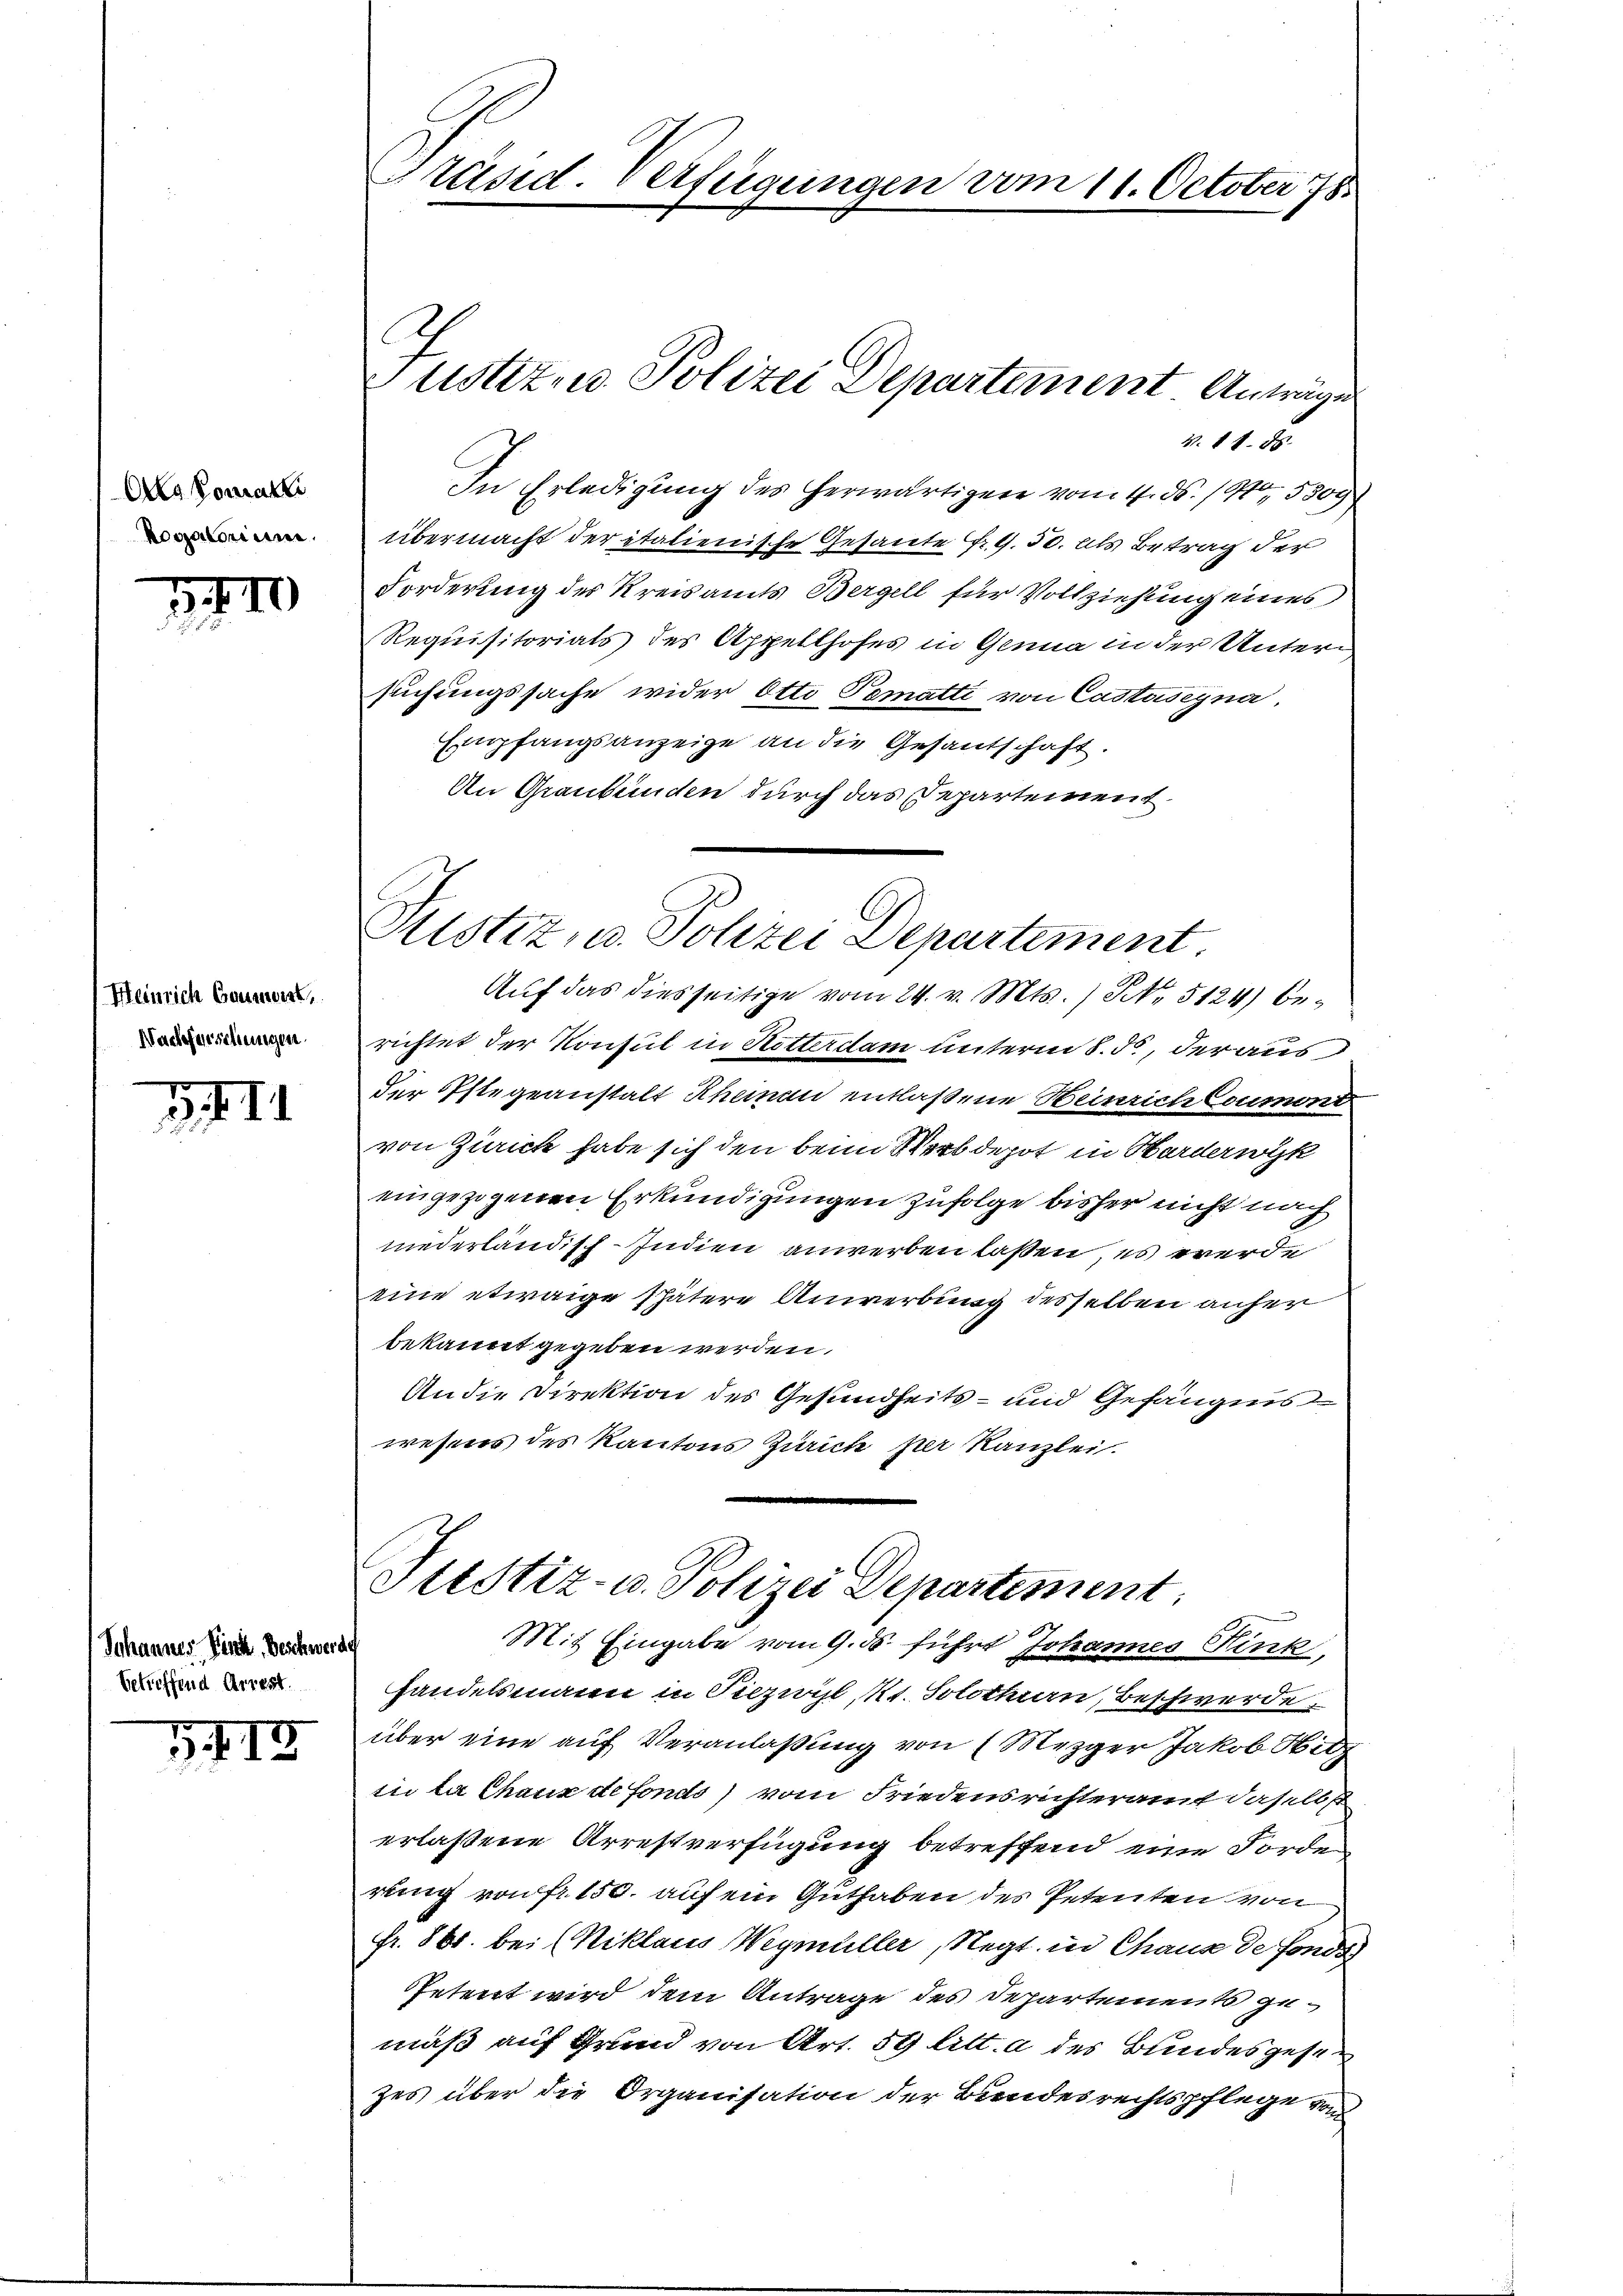
Alla Socrati
Rogatorium

1410

Heinrich Gaument,
Nachfürschungen

III

Johannes Pinte, Deschwerde
betreffend Arrest.

418

Präsid. Verfügungen vom 11. October 78

N. 11. Js.
In Erledigung des herwärtigen vom 4. ds. 1910. 5309 f
übermacht der italienische Gesante Fr. 9.50. als Betrag der
Forderung des Kreisamts Bergell für Vollziehung eines
Requisitorials des Appellhofes in Genua in der Untern
suchungssache wider Otto Pematti von Castasegna,
Empfangsanzeige an die Gesandschaft.
An Graubünden durch das Departement
Auf das diesseitige vom 24. v. Mts. ) No 5124) berichtet der Konsul in Notterdam unterm 8. ds., der aus
der Pflegeanstalt Rheman entlaßene Heinrich Coumont
von Zürich habe sich den beim Werb depot in Hardernyk
eingezogenen Erkundigungen zufolge bisher nicht nach
niederländisch-Indien anwerben laßen, es werde
eine etwaige spätere Anwerbung desselben anher
bekannt gegeben werden.
An die Direktion des Gesundheits- und Gefängnis
wesens des Kantons Zürich per Kanzlei.
Stestiz- u. Polizei Departement
Mit Eingabe vom 9. ds. führt Johannes Fink,
Handelsmann in Piezwil Kt. Solothurn, Beschwerde
über eine auf Veranlaßung von Mezger Jakob Hitz
si la Chaux de fonds vom Friedensrichteramt daselbst
erlaßene Arrestverfügung betreffend eine Forde
rung von fr. 150. auf ein Guthaben des Petenten von
Fr. 861. bei (Niklaus Weymüller, Negt. in Chaus de fonds
Petent wird dem Antrage des Departements gemäß auf Grund von Art. 59 litt. a des Bundesgesezes über die Organisation der Bundesrechtspflege von

ustiz- u. Polizei Departement Anträge

Justiz, u. Polizei Departement.